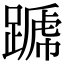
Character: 𨄪